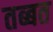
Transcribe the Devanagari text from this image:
तब्बत